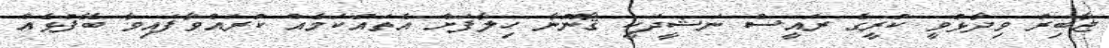
ޖާބިރު ވިދާޅުވީ ކުރީގެ ރައީސް ނަޝީދަކީ ޤާނޫނާ ހިލާފަށް އެތައްކަމެއް ކުރައްވާފައިވާ ބޭފުޅެއް